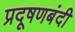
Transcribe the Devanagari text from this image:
प्रदूषणबंदी